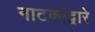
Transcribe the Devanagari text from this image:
नाटकांद्वारे